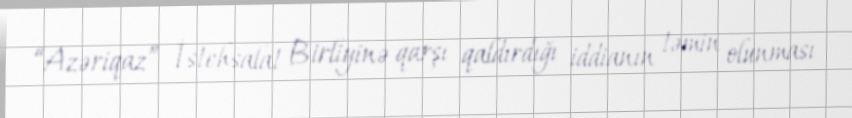
“Azəriqaz” İstehsalat Birliyinə qarşı qaldırdığı iddianın təmin olunması